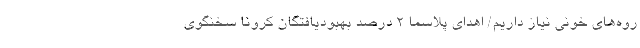
روه‌های خونی نیاز داریم/ اهدای پلاسما ۲ درصد بهبودیافتگان کرونا سخنگوی